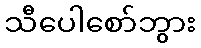
သီပေါစော်ဘွား